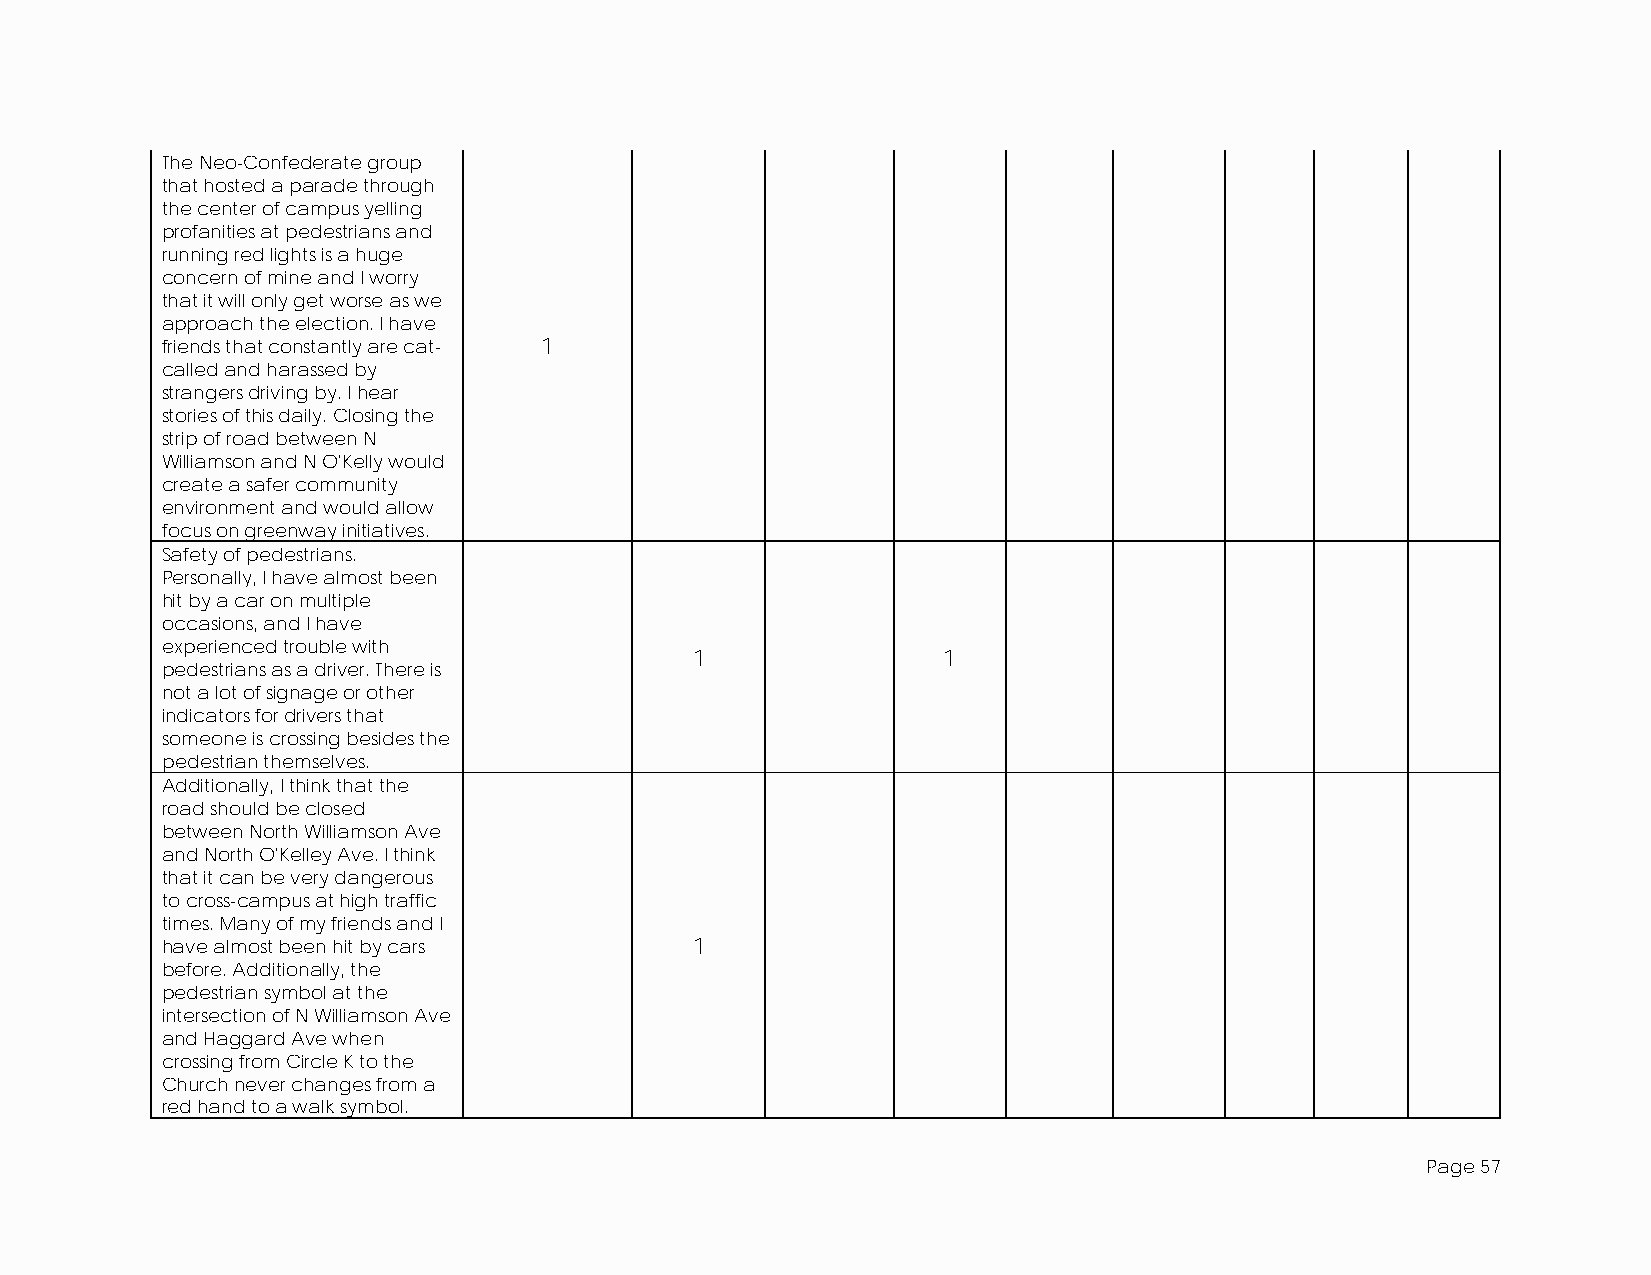
The Neo-Confederate group
 that hosted a parade through
 the center of campus yelling
 profanities at pedestrians and
 running red lights is a huge
 concern of mine and I worry
 that it will only get worse as we
 approach the election. I have
 friends that constantly are cat- 1
 called and harassed by
 strangers driving by. I hear
 stories of this daily. Closing the
 strip of road between N
 Williamson and N O'Kelly would
 create a safer community
 environment and would allow
 focus on greenway initiatives.
 Safety of pedestrians.
 Personally, I have almost been
 hit by a car on multiple
 occasions, and I have
 experienced trouble with
 1               1
 pedestrians as a driver. There is
 not a lot of signage or other
 indicators for drivers that
 someone is crossing besides the
 pedestrian themselves.
 Additionally, I think that the
 road should be closed
 between North Williamson Ave
 and North O'Kelley Ave. I think
 that it can be very dangerous
 to cross-campus at high traffic
 times. Many of my friends and I
 have almost been hit by cars       1
 before. Additionally, the
 pedestrian symbol at the
 intersection of N Williamson Ave
 and Haggard Ave when
 crossing from Circle K to the
 Church never changes from a
 red hand to a walk symbol.
 Page 57